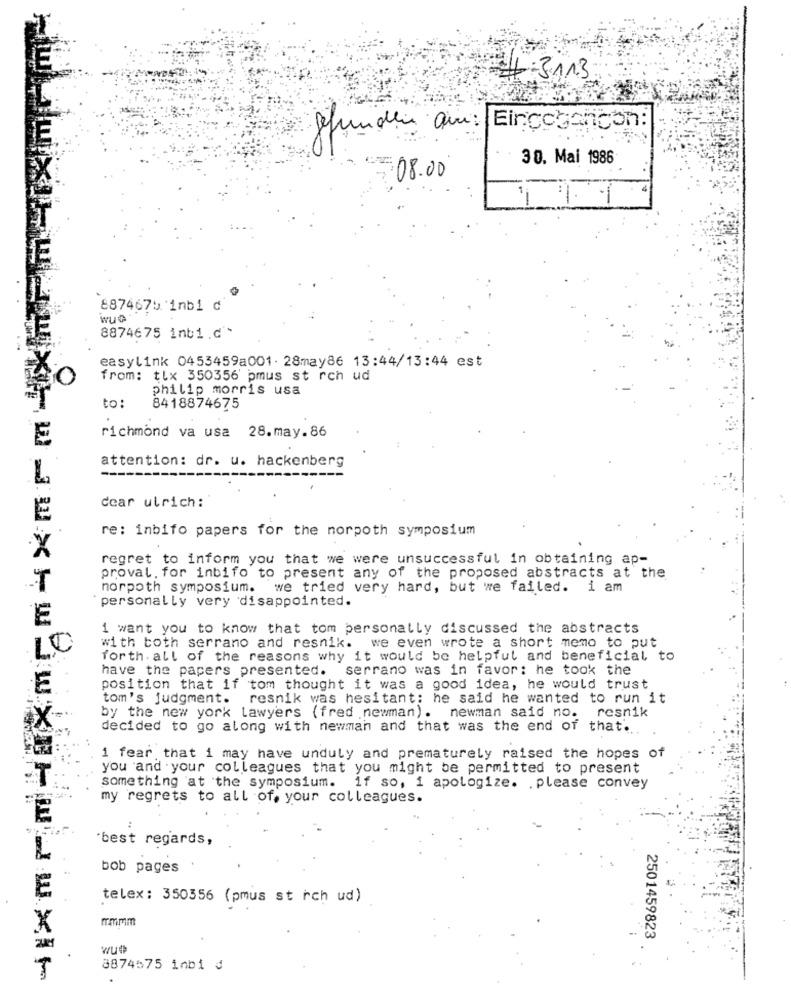
4-3113
30. Mai 1986
08.0
1 1.1
8874675 inbi d
Wue:
8874675 inb1.c.
easylink 0453459a001. 28may86 13:44/13:44 est
from: tlx 350356 pmus st rch ud
philip morris usa
to:
8418874675
E
richmond va usa 28.may.86
attention: dr. u. hackenberg
dear ulrich:
re: inbifo papers for the norpoth symposium
X
regret to inform you that we were unsuccessful in obtaining ap-
proval. for inbifo to present any of the proposed abstracts at the
norpoth symposium. we tried very hard, but we failed. i am
personally very disappointed.
E
1 want you to know that tom personally discussed the abstracts
LO
with both serrano and resnik. we even wrote a short memo to put
forth. all of the reasons why it would be helpful and beneficial to
have the papers presented. serrano was in favor: he took the
position that if tom thought it was a good idea, he would trust
tom's judgment. resnik was hesitant; he said he wanted to run it
by the new york lawyers (fred newman). newman said no. resnik
decided to go along with newman and that was the end of that'.
1 fear that i may have unduly and prematurely raised the hopes of
you and your colleagues that you might be permitted to present
something at the symposium. if so, i apologize. . please convey
my regrets to all of, your colleagues.
"best regards,
bob pages
telex: 350356 (pmus st ich ud)
mmmm
2501459823
wue
...
8874575 inbi ₫